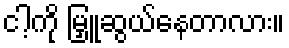
ငါ့ကို မြှူဆွယ်နေတာလား။